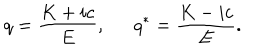
q = \frac { K + i c } { E } , q ^ { * } = \frac { K - i c } { E } .